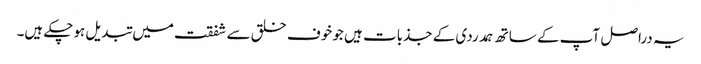
یہ دراصل آپ کے ساتھ ہمدردی کے جذبات ہیں جو خوف خلق سے شفقت میں تبدیل ہوچکے ہیں۔